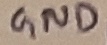
Text: GND